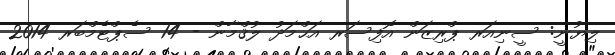
ލިޔުނީ: ސީނިއަރ ޕްރިޒަން އޮފިސަރ އަޙްމަދު ލުޤްމާން - 14 ސެޕްޓެމްބަރ 2014